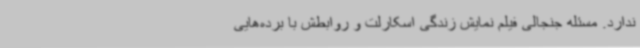
ندارد. مسئله جنجالی فیلم نمایش زندگی اسکارلت و روابطش با برده‌هایی